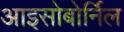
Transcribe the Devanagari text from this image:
आइसोबोर्निल